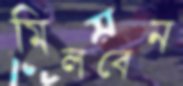
মিলবেন